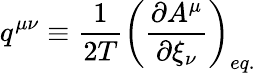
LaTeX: q^{\mu\nu}\equiv\frac{1}{2T}\left(\frac{\partial A^{\mu}}{\partial{\xi}_{\nu}}\right)_{eq.}